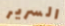
السرير